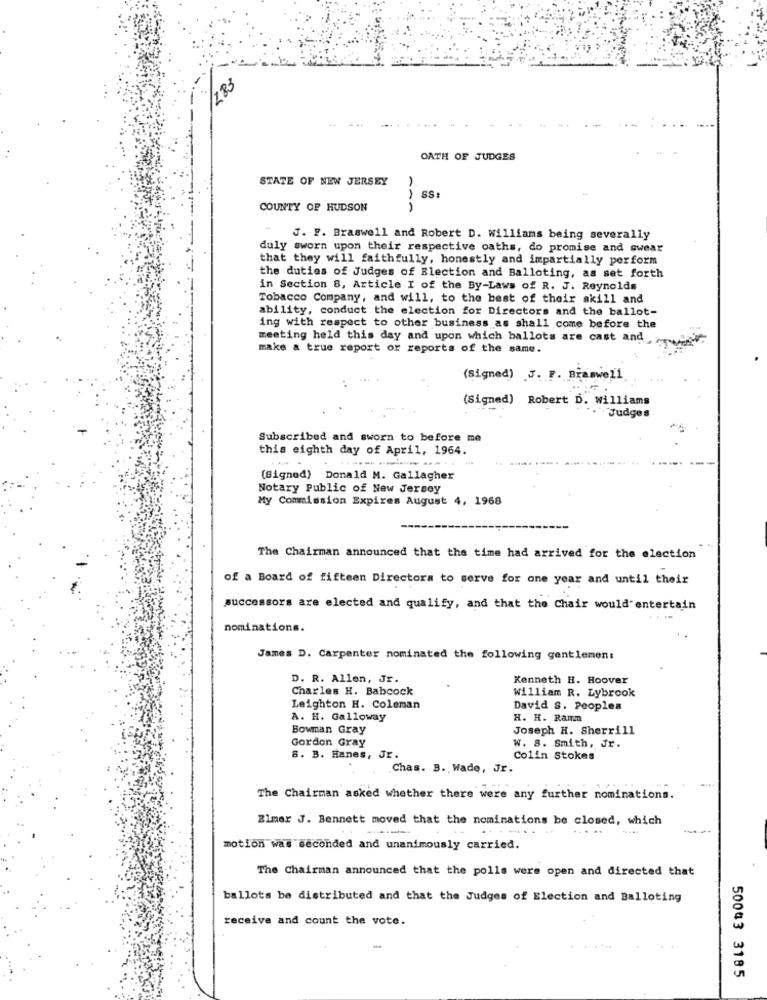
183
OATH OF JUDGES
STATE OF NEW JERSEY
SS
COUNTY OF HUDSON
AAA
J. F. Braswell and Robert D. Williams being severally
duly sworn upon their respective oaths, do promise and swear
that they will faithfully, honestly and impartially perform
the duties of Judges of Election and Balloting, as set forth
in Section 8, Article I of the By-Laws of R. J. Reynolds
Tobacco Company, and will, to the best of their akill and
ability, conduct the election for Directors and the ballot-
ing with respect to other business as shall come before the
meeting held this day and upon which ballots are cast and
make a true report or reports of the same.
(Signed) J. F. Braswell
(Signed) Robert D. williams
Judges
Subscribed and sworn to before me
this eighth day of April, 1964.
.....
(Signed) Donald M. Gallagher
Notary Public of New Jersey
My Commission Expires August 4, 1968
The Chairman announced that the time had arrived for the election
of a Board of fifteen Directors to serve for one year and until their
successors are elected and qualify, and that the Chair would entertain
nominations.
James D. Carpenter nominated the following gentlemen:
D. R. Allen, Jr.
Kenneth H. Hoover
Charles H. Babcock
William R. Lybrook
Leighton H. Coleman
David S. Peoplea
A. H. Galloway
H. H. Ramm
Bowman Gray
Joseph H. Sherrill
Gordon Gray
W. 8. Smith, Jr.
8. B. Hanes, Jr.
Colin Stokes
Chas. B. Wade, Jr.
The Chairman asked whether there were any further nominations.
Elmer J. Bennett moved that the nominations be closed, which
....
motion was seconded and unanimously carried.
The Chairman announced that the polls were open and directed that
ballots be distributed and that the Judges of Election and Balloting
receive and count the vote.
50043 3185